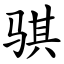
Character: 骐